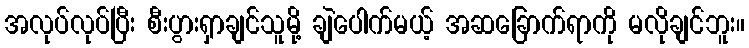
အလုပ်လုပ်ပြီး စီးပွားရှာချင်သူမို့ ချဲပေါက်မယ့် အဆခြောက်ရာကို မလိုချင်ဘူး။